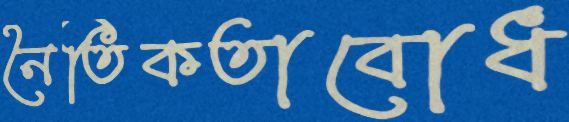
নৈতিকতাবোধ